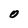
Character: O